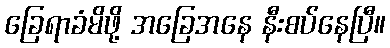
ခြေရာခံမိဖို့ အခြေအနေ နီးစပ်နေပြီ။